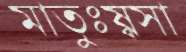
মাতুঃষ্বসা